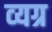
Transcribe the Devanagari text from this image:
व्‍यग्र